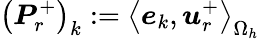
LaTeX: \left(\boldsymbol{P}_{r}^{+}\right)_{k}:=\left<\boldsymbol{e}_{k},\boldsymbol{u}_{r}^{+}\right>_{\Omega_{h}}